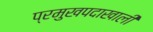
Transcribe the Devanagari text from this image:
प्रमुखपदाखाली